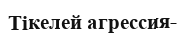
Тікелей агрессия-